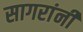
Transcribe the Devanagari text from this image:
सागरांनी